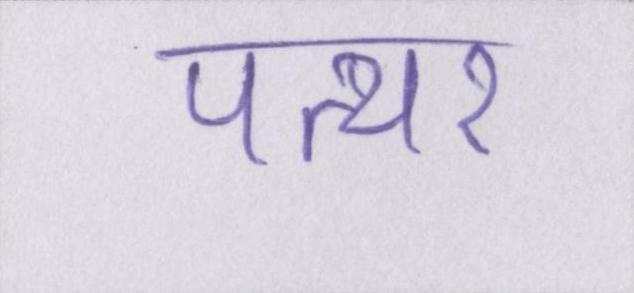
पत्थर